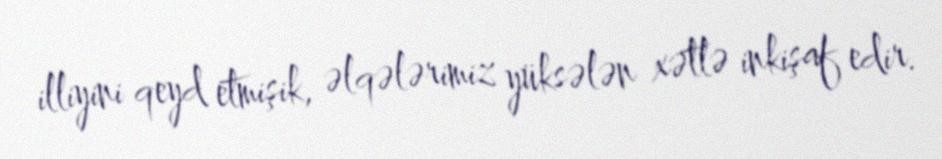
illiyini qeyd etmişik, əlqələrimiz yüksələn xətlə inkişaf edir.